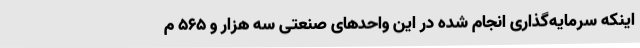
اینکه سرمایه‌گذاری انجام شده در این واحدهای صنعتی سه هزار و 565 م